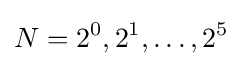
N=2^{0},2^{1},\dots ,2^{5}